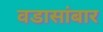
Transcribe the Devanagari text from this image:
वडासांबार